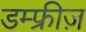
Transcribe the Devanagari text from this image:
डम्फ्रीज़